Leaving Certificate Examination, 1920
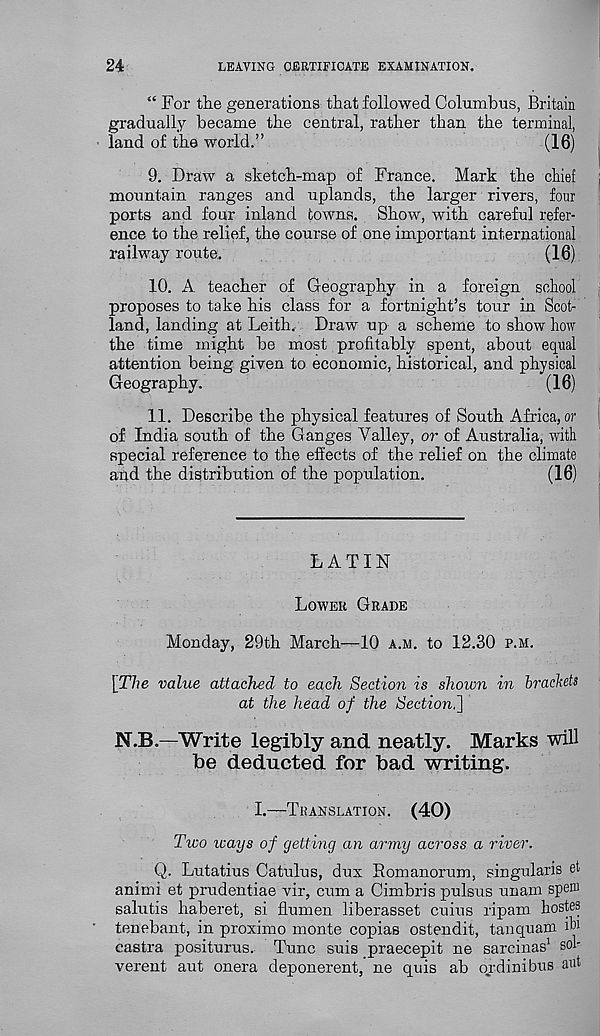
24
LEAVING CERTIFICATE EXAMINATION.
“ For tlie generations that followed Columbus, Britain
gradually became the central, rather than the terminal,
land of the world,”
(16)
9. Draw a sketch-map of France. Mark the chief
mountain ranges and uplands, the larger rivers, four
ports and four inland towns. Show, with careful refer-
ence to the relief, the course of one important international
railway route.
(16)
10. A teacher of Geography in a foreign school
proposes to take his class for a fortnight’s tour in Scot-
land, landing at Leith, Draw up a scheme to show how
the time might be most profitably spent, about equal
attention being given to economic, historical, and physical
Geography.
(16)
11. Describe the physical features of South Africa, or
of India south of the Ganges Valley, or of Australia, with
special reference to the effects of the relief on the climate
and the distribution of the population.
(16)
LATIN
LOWER GRADE
Monday, 29th March—10 A.M. to 12.30 P.M.
[The value attached to each Section is shoivn in brackets
at the head of the Section,[\
N.B—Write legibly and neatly. Marks will
be deducted for bad writing.
I.—TRANSLATION.
(40)
Two icays of getting an army across a river.
Q. Lutatius Catulus, dux Romanorum, singularis et
animi et prudentiae vir, cum a Cimbris pulsus unam spem
salutis haberet, si flumen liberasset cuius ripam hostes
tenebant, in proximo monte copias ostendit, tanquam ib
castra positurus. Tunc suis praecepit ne sarcinas 1 sol-
verent aut onera deponerent, ne quis ab ordinibus aut